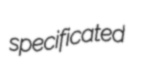
specificated